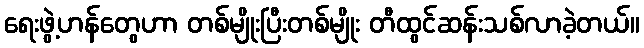
ရေးဖွဲ့ဟန်တွေဟာ တစ်မျိုးပြီးတစ်မျိုး တီထွင်ဆန်းသစ်လာခဲ့တယ်။